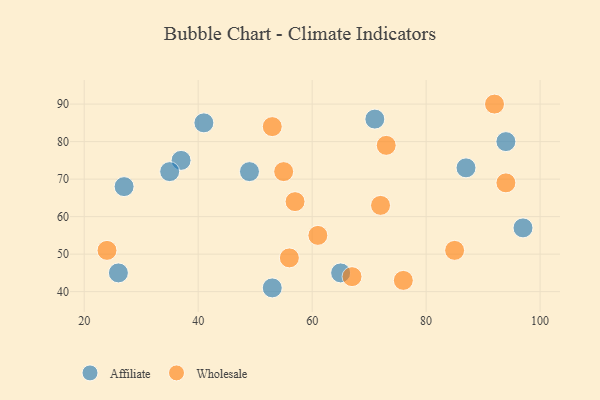
{"axis": {"x": "GDP", "y": "Life Expectancy"}, "legend": ["Affiliate", "Wholesale"], "data": [{"x": "97", "y": 57, "type": "Affiliate"}, {"x": "65", "y": 45, "type": "Affiliate"}, {"x": "37", "y": 75, "type": "Affiliate"}, {"x": "87", "y": 73, "type": "Affiliate"}, {"x": "49", "y": 72, "type": "Affiliate"}, {"x": "94", "y": 80, "type": "Affiliate"}, {"x": "35", "y": 72, "type": "Affiliate"}, {"x": "41", "y": 85, "type": "Affiliate"}, {"x": "71", "y": 86, "type": "Affiliate"}, {"x": "27", "y": 68, "type": "Affiliate"}, {"x": "53", "y": 41, "type": "Affiliate"}, {"x": "26", "y": 45, "type": "Affiliate"}, {"x": "94", "y": 69, "type": "Wholesale"}, {"x": "72", "y": 63, "type": "Wholesale"}, {"x": "56", "y": 49, "type": "Wholesale"}, {"x": "53", "y": 84, "type": "Wholesale"}, {"x": "73", "y": 79, "type": "Wholesale"}, {"x": "55", "y": 72, "type": "Wholesale"}, {"x": "24", "y": 51, "type": "Wholesale"}, {"x": "61", "y": 55, "type": "Wholesale"}, {"x": "57", "y": 64, "type": "Wholesale"}, {"x": "85", "y": 51, "type": "Wholesale"}, {"x": "76", "y": 43, "type": "Wholesale"}, {"x": "92", "y": 90, "type": "Wholesale"}, {"x": "67", "y": 44, "type": "Wholesale"}]}